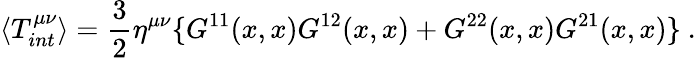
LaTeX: \langle T_{int}^{\mu\nu}\rangle=\frac{3}{2}\eta^{\mu\nu}\{ G^{11}(x,x)G^{12}(x,x)+G^{22}(x,x)G^{21}(x,x)\} \ .